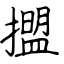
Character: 擝